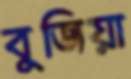
বুজিয়া